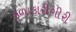
કળાકારીગીરી